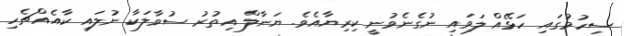
ސިހުމުގައި ހަޅޭއް ލަވައި ނުގެނެވުނީ ކިރިޔާއެވެ. ޔަނާލް އިތުރު ސުވާލަކާ ނުލައި ކާއެއްޗެހި